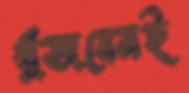
খুঁজবেনই